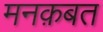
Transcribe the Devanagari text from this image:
मनक़बत